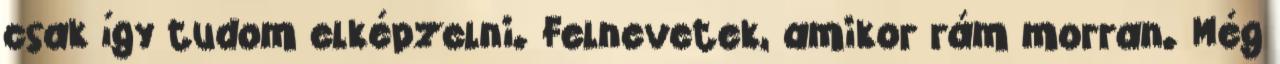
csak így tudom elképzelni. Felnevetek, amikor rám morran. Még